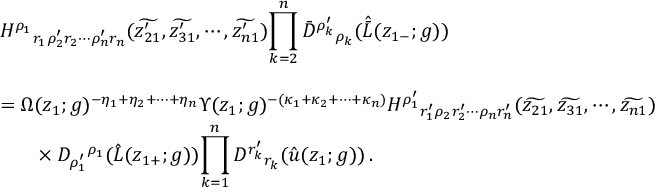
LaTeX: \begin{array} { l } { { { \cal H } ^ { \rho _ { 1 } } { } _ { r _ { 1 } \rho _ { 2 } ^ { \prime } r _ { 2 } \cdots \rho _ { n } ^ { \prime } r _ { n } } ( \widetilde { z _ { 2 1 } ^ { \prime } } , \widetilde { z _ { 3 1 } ^ { \prime } } , \cdots , \widetilde { z _ { n 1 } ^ { \prime } } ) \displaystyle { \prod _ { k = 2 } ^ { n } \bar { D } ^ { \rho _ { k } ^ { \prime } } { } _ { \rho _ { k } } ( \hat { \bar { L } } ( z _ { 1 - } ; g ) ) } } } \\ { { { } } } \\ { { = \Omega ( z _ { 1 } ; g ) ^ { - \eta _ { 1 } + \eta _ { 2 } + \cdots + \eta _ { n } } \Upsilon ( z _ { 1 } ; g ) ^ { - ( \kappa _ { 1 } + \kappa _ { 2 } + \cdots + \kappa _ { n } ) } { \cal H } ^ { \rho _ { 1 } ^ { \prime } } { } _ { r _ { 1 } ^ { \prime } \rho _ { 2 } r _ { 2 } ^ { \prime } \cdots \rho _ { n } r _ { n } ^ { \prime } } ( \widetilde { z _ { 2 1 } } , \widetilde { z _ { 3 1 } } , \cdots , \widetilde { z _ { n 1 } } ) } } \\ { { { } \ ~ ~ ~ ~ \times D _ { \rho _ { 1 } ^ { \prime } } { } ^ { \rho _ { 1 } } ( \hat { L } ( z _ { 1 + } ; g ) ) \displaystyle { \prod _ { k = 1 } ^ { n } D ^ { r _ { k } ^ { \prime } } { } _ { r _ { k } } ( \hat { u } ( z _ { 1 } ; g ) ) } \, . } } \end{array}